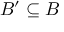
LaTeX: B ^ { \prime } \subseteq B